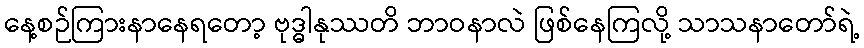
နေ့စဉ်ကြားနာနေရတော့ ဗုဒ္ဓါနုဿတိ ဘာဝနာလဲ ဖြစ်နေကြလို့ သာသနာတော်ရဲ့